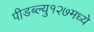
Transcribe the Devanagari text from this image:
पीडब्ल्यु१२७मध्ये